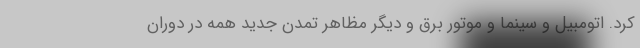
کرد. اتومبیل و سینما و موتور برق و دیگر مظاهر تمدن جدید همه در دوران